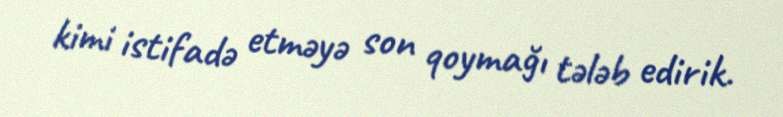
kimi istifadə etməyə son qoymağı tələb edirik.